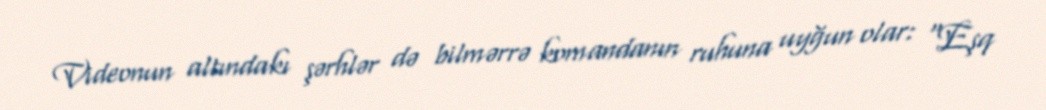
Videonun altındakı şərhlər də bilmərrə komandanın ruhuna uyğun olar: “Eşq